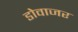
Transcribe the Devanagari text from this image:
डोवाजर